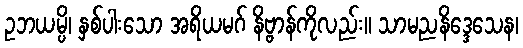
ဥဘယမ္ပိ၊ နှစ်ပါးသော အရိယမဂ် နိဗ္ဗာန်ကိုလည်း။ သာမညနိဒ္ဒေသေန၊